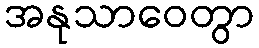
အနုသာဝေတွာ